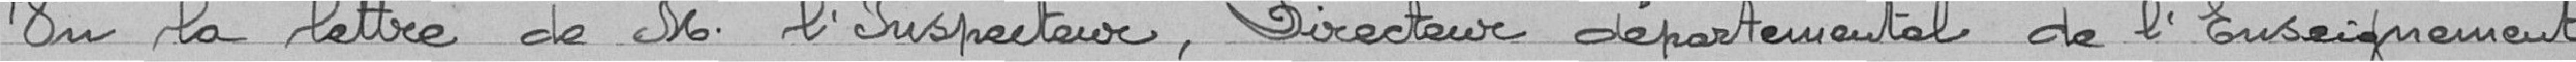
Vu la lettre de Monsieur l'Inspecteur, Directeur départemental de l'enseignement